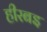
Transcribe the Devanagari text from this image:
हीरबइ